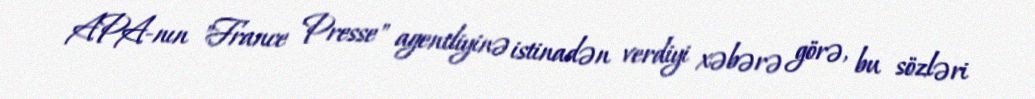
APA-nın "France Presse" agentliyinə istinadən verdiyi xəbərə görə, bu sözləri